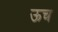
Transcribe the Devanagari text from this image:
ऊच